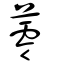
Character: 蕶